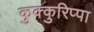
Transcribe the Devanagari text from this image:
कुक्कुरिप्पा